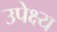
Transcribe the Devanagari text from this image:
उपेक्ष्य